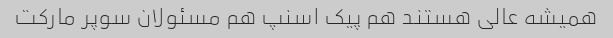
همیشه عالی هستند هم پیک اسنپ هم مسئولان سوپر مارکت